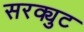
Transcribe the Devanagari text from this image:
सरक्युट